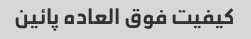
کیفیت فوق العاده پائین